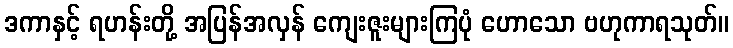
ဒကာနှင့် ရဟန်းတို့ အပြန်အလှန် ကျေးဇူးများကြပုံ ဟောသော ဗဟုကာရသုတ်။